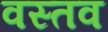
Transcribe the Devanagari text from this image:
वस्तव